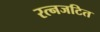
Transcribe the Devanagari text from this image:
रत्नजटित